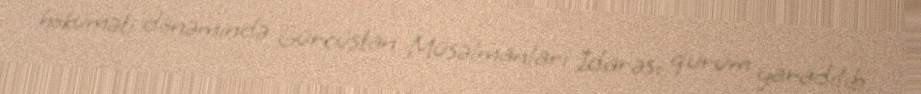
hökuməti dönəmində Gürcüstan Müsəlmanları İdarəsi qurum yaradılıb.